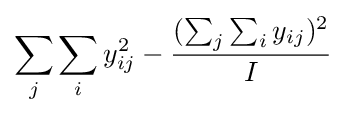
\sum _{j}\sum _{i}y_{ij}^{2}-{\frac {(\sum _{j}\sum _{i}y_{ij})^{2}}{I}}